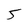
Character: 5